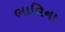
ભાવિના